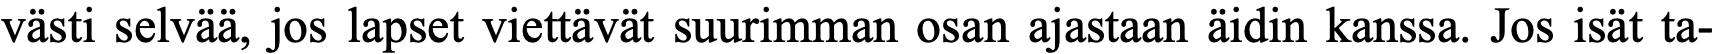
västi selvää, jos lapset viettävät suurimman osan ajastaan äidin kanssa. Jos isät ta-